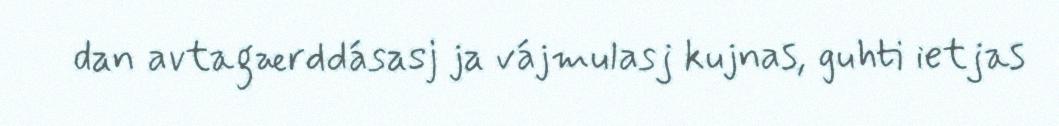
dan avtagærddásasj ja vájmulasj kujnas, guhti ietjas